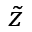
\tilde { z }